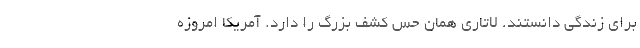
برای زندگی دانستند. لاتاری همان حس کشف بزرگ را دارد. آمریکا امروزه